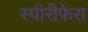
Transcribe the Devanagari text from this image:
स्पीरीफ़ेरा